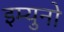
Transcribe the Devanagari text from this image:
इम्युनो